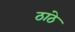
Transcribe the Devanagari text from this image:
ठांठे